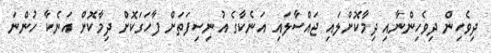
ދިވެހިން ދިވެހިންނާއި ދިމާކޮށްލައި ޖައްސާލައި އަނެކާގެ އުނިސިފަތަށް ފާހަގަކޮށް ދިމާކޮށް އަނެކާ ހުންނަ